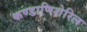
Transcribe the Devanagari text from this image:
कण्डाणिशेरिल